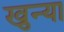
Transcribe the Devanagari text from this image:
खुन्या